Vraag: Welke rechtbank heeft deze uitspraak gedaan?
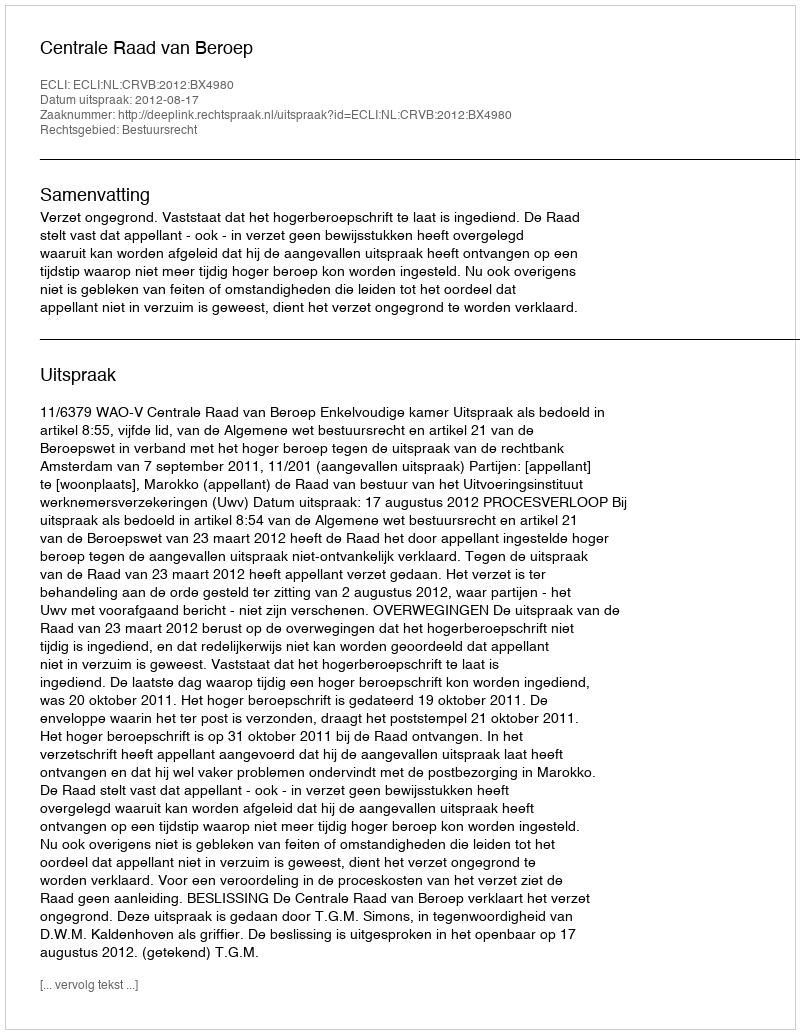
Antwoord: Centrale Raad van Beroep